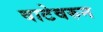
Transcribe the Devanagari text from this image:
वाटेवरुन